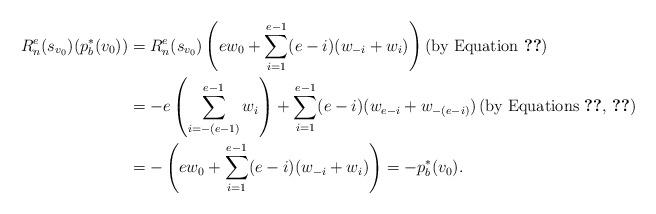
LaTeX: \begin{align*}R^e_n(s_{v_0}) (p_b^*(v_0))&=R^e_n(s_{v_0})\left( ew_0+\sum_{i=1}^{e-1} (e-i)(w_{-i}+w_i)\right) \left(\mbox{by Equation \ref{b*}}\right)\\&=-e\left(\sum_{i=-(e-1)}^{e-1}w_{i}\right)+\sum_{i=1}^{e-1}(e-i)(w_{e-i}+w_{-(e-i)})\left(\mbox{by Equations \ref{S.1}, \ref{S.3}}\right)\\&=-\left(ew_0+\sum_{i=1}^{e-1} (e-i)(w_{-i}+w_i)\right)=-p_b^*(v_0).\end{align*}